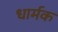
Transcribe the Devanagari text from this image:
धार्मक